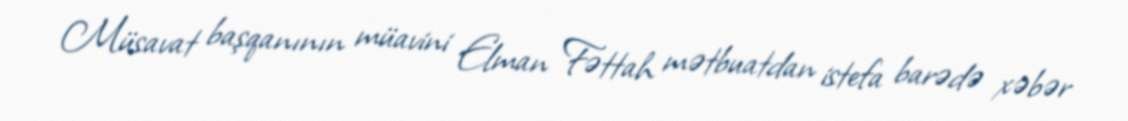
Müsavat başqanının müavini Elman Fəttah mətbuatdan istefa barədə xəbər